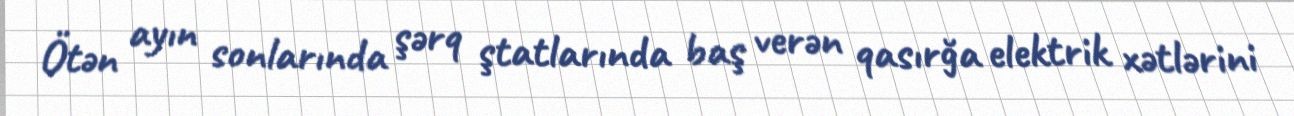
Ötən ayın sonlarında şərq ştatlarında baş verən qasırğa elektrik xətlərini